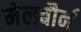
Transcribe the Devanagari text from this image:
मेलबौर्न